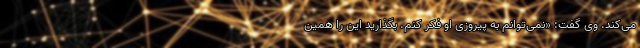
می‌کند. وی گفت: «نمی‌توانم به پیروزی او فکر کنم. بگذارید این را همین